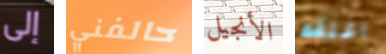
إلى حالفني الأنجيل اغلقه